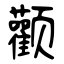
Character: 颧